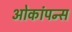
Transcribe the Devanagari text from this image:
ओकांपन्स